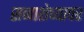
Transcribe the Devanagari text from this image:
सव्वाशेच्यावर